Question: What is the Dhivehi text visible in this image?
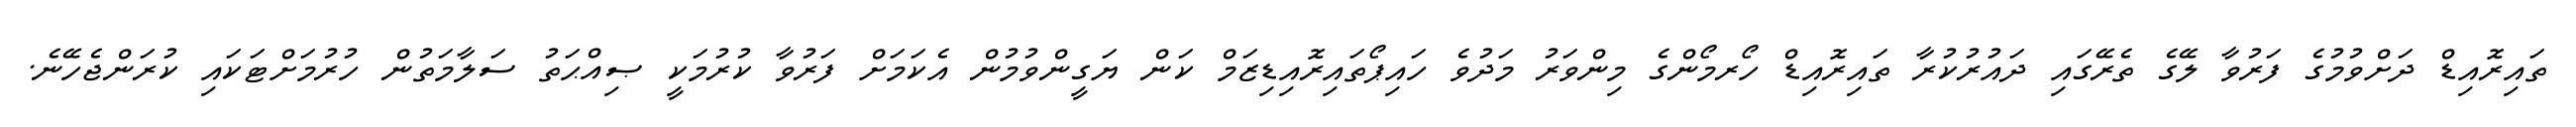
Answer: ތައިރޮއިޑް ދަށްވުމުގެ ފަރުވާ ލޭގެ ތެރޭގައި ދައުރުކުރާ ތައިރޮއިޑް ހޯރމޯންގެ މިންވަރު މަދުވެ ހައިޕޯތައިރޮއިޑިޒަމް ކަން ޔަގީންވުމުން އެކަމަށް ފަރުވާ ކުރުމަކީ ޞިއްޙަތު ސަލާމަތުން ހުރުމަށްޓަކައި ކުރަންޖެހޭނެ.